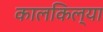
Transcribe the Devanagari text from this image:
कालकिल्या